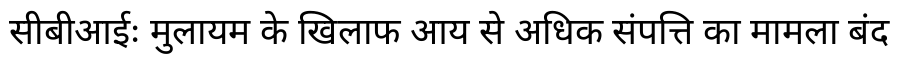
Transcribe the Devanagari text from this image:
सीबीआईः मुलायम के खिलाफ आय से अधिक संपत्ति का मामला बंद